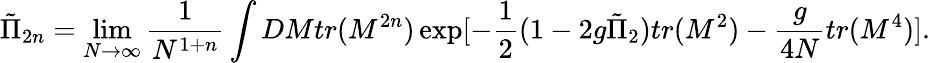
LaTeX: {\tilde{\Pi}}_{2n}=\operatorname*{lim}_{N\to\infty}\frac{1}{N^{1+n}}\int DMtr(M^{2n})\exp[-\frac{1}{2}(1-2g{\tilde{\Pi}}_{2})tr(M^{2})-\frac{g}{4N}tr(M^{4})].